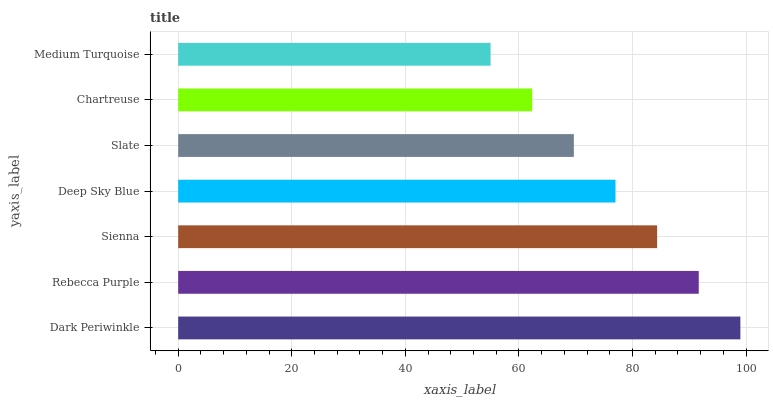
| yaxis_label | bars |
 | --- | --- |
 | Dark Periwinkle | 99 |
 | Rebecca Purple | 91.7 |
 | Sienna | 84.3 |
 | Deep Sky Blue | 77 |
 | Slate | 69.7 |
 | Chartreuse | 62.3 |
 | Medium Turquoise | 55 |